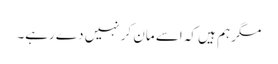
مگر ہم ہیں کہ اسے مان کر نہیں دے رہے۔